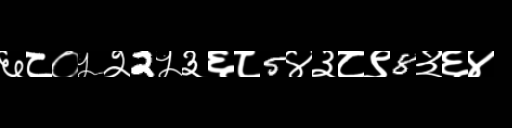
Text: ६८०५२2५३६८5४३८९8३६४